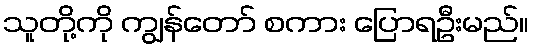
သူတို့ကို ကျွန်တော် စကား ပြောရဦးမည်။